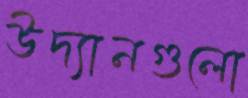
উদ্যানগুলো